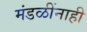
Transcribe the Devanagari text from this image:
मंडळींनाही